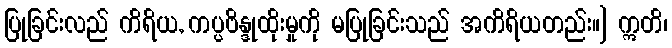
ပြုခြင်းလည် ကိရိယ, ကပ္ပဗိန္ဒုထိုးမှုကို မပြုခြင်းသည် အကိရိယတည်း။] ဣတိ၊